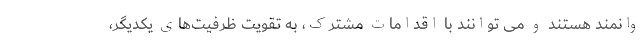
وانمند هستند و می توانند با اقدامات مشترک، به تقویت ظرفیت‌های یکدیگر،